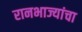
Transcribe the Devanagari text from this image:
रानभाज्यांचा